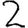
Digit: 2